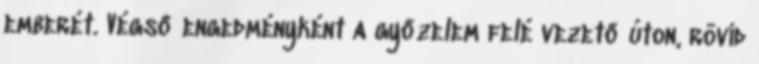
emberét. Végső engedményként a győzelem felé vezető úton, rövid